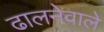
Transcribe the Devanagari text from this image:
ढालनेवाले